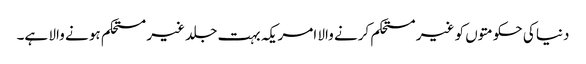
دنیا کی حکومتوں کو غیر مستحکم کرنے والا امریکہ بہت جلد غیر مستحکم ہو نے والا ہے۔